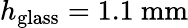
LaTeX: h_{\mathrm{glass}}=1.1\ \mathrm{mm}